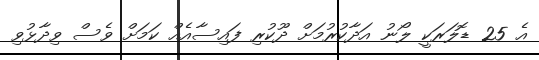
އެ 25 ޑޮލަރަކީ ލޯނު އަދާކުރުމަށް ދޫކުރި ފައިސާއެއް ކަމަށް ވެސް ވިދާޅުވި